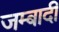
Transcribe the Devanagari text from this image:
जम्बादी